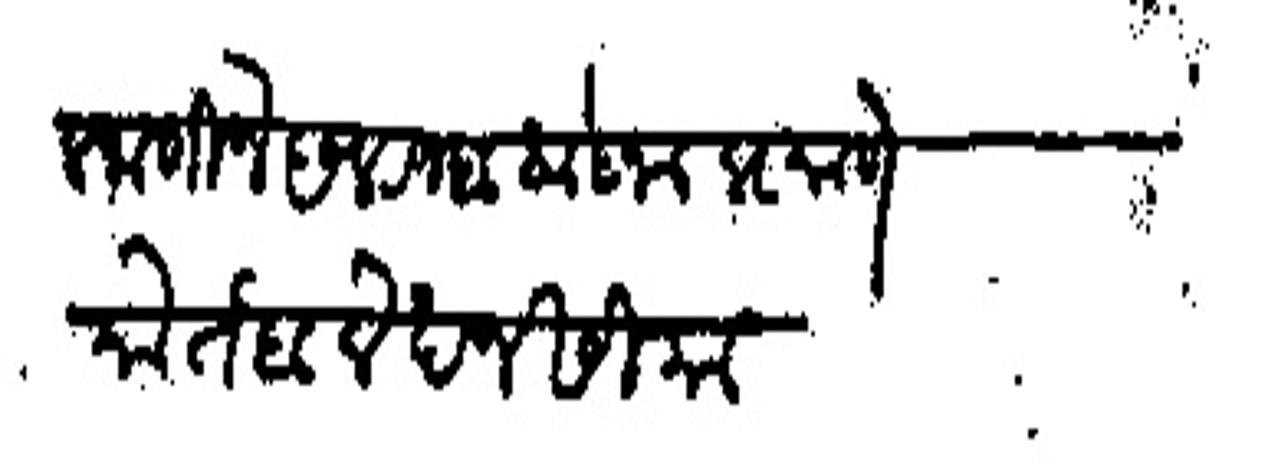
Transliteration (Devanagari): करीतील जाणीजे रजब आज्ञाप्रमाणे मोर्तब लेखन सीमा.